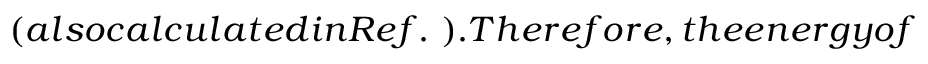
( a l s o c a l c u l a t e d i n R e f . ~ ) . T h e r e f o r e , t h e e n e r g y o f